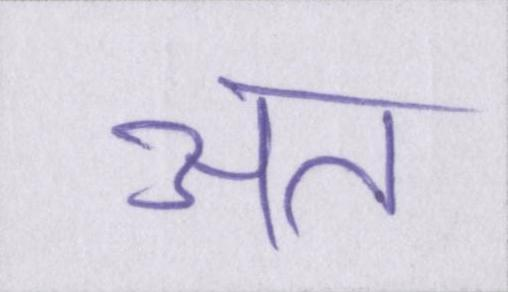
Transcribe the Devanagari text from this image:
अत